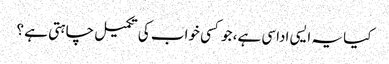
کیا یہ ایسی اداسی ہے، جو کسی خواب کی تکمیل چاہتی ہے ؟